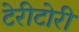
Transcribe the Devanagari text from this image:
टेरीटोरी